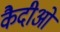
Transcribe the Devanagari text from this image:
कैदीओं